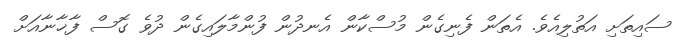
ސައިތަށި އަތުލިއެވެ. އެތަން ފެނިގެން މުސްކާން އެނދުން ފުންމާލައިގެން ދުވެ ގޮސް ފާޚާނާއަށް